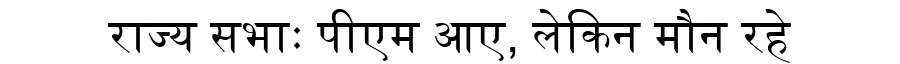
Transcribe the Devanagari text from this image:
राज्य सभाः पीएम आए, लेकिन मौन रहे